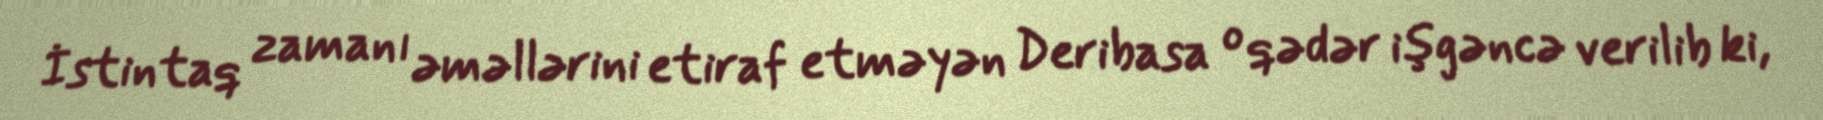
İstintaq zamanı əməllərini etiraf etməyən Deribasa o qədər işgəncə verilib ki,